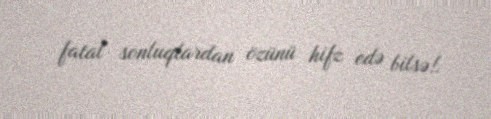
fatal sonluqlardan özünü hifz edə bilsə!.